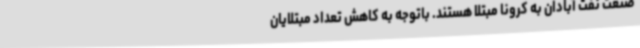
صنعت نفت آبادان به کرونا مبتلا هستند. باتوجه به کاهش تعداد مبتلایان